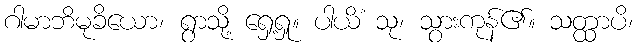
ဂါမာဘိမုခိယော၊ ရွာသို့ ရှေ့ရှု။ ပါယိံ သု၊ သွားကုန်၏။ သတ္ထာပိ၊